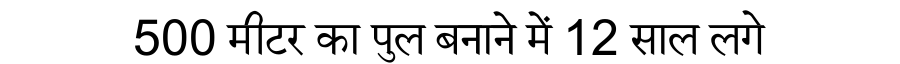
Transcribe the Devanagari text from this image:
500 मीटर का पुल बनाने में 12 साल लगे